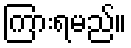
ကြားရမည်။